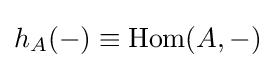
h_{A}(-)\equiv \mathrm {Hom} (A,-)